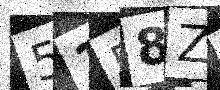
Text: 5158Z5